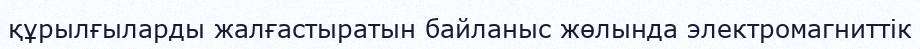
құрылғыларды жалғастыратын байланыс жөлында электромагниттік